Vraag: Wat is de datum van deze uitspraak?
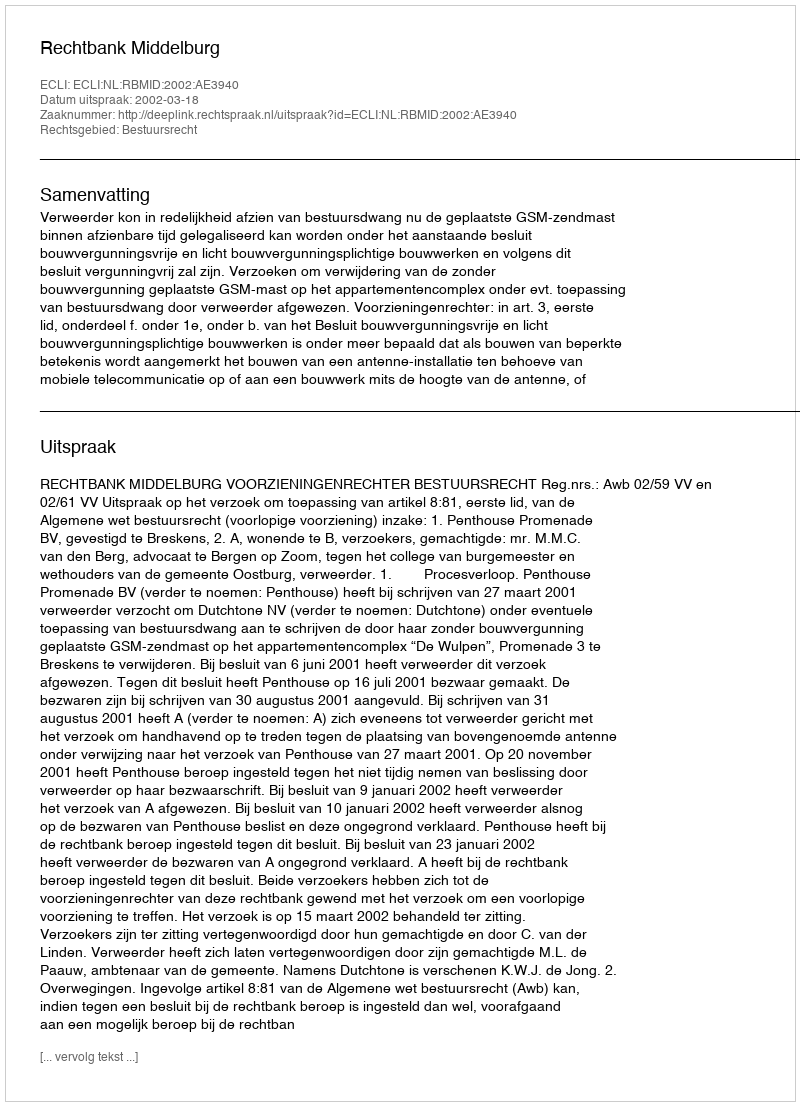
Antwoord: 2002-03-18